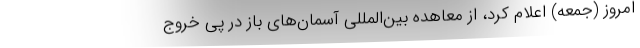
امروز (جمعه) اعلام کرد، از معاهده بین‌المللی آسمان‌های باز در پی خروج